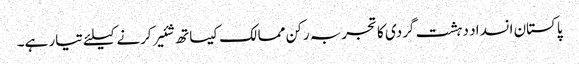
پاکستان انسداد دہشت گردی کا تجربہ رکن ممالک کیساتھ شئیر کرنے کیلئے تیار ہے۔